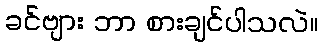
ခင်ဗျား ဘာ စားချင်ပါသလဲ။